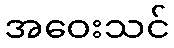
အဝေးသင်